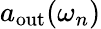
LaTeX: a_{\mathrm{out}}(\omega_{n})